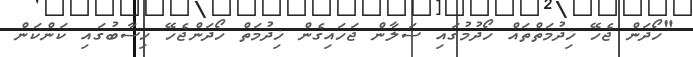
"ހޯދަން ޖެހޭ ޚިދުމަތްތައް ހޯދުމުގައި ސަލާން ޖަހައިގެން ޚިދުމަތް ހޯދަންޖެހޭ ހިސާބުގައި ކަންކަން